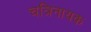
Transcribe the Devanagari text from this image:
चत्रिनायक